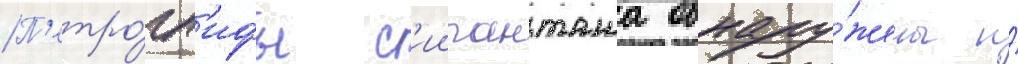
П'етро́гл'ифы с'иипанташа обнару́жены и́